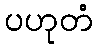
ပဟုတံ